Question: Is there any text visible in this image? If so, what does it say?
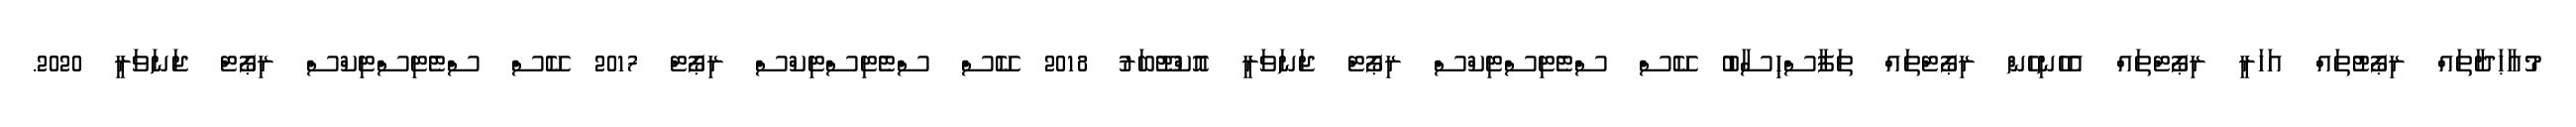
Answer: މުއާޙަދާތައް ރިޕޯޓުތައް އަހަރީ ރިޕޯޓްތައް އެހެނިހެން ރިޕޯޓްތައް ތަފާސްހިސާބު ކޭސް ސްޓެޓިސްޓިކްސް ރިޕޯޓް ޖަނަވަރީ އޮކްޓޫބަރު 2018 ކޭސް ސްޓެޓިސްޓިކްސް ރިޕޯޓް 2017 ކޭސް ސްޓެޓިސްޓިކްސް ރިޕޯޓް ޖަނަވަރީ 2020.